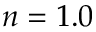
n = 1 . 0